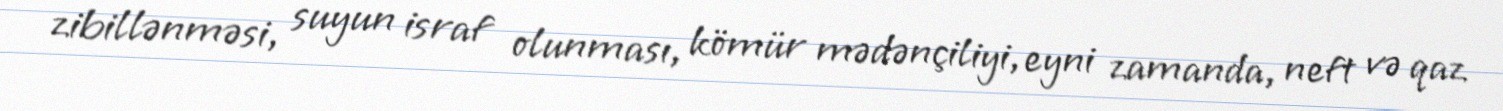
zibillənməsi, suyun israf olunması, kömür mədənçiliyi, eyni zamanda, neft və qaz